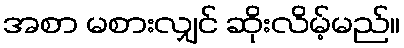
အစာ မစားလျှင် ဆိုးလိမ့်မည်။